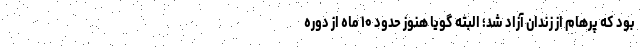
بود که پرهام از زندان آزاد شد؛ البته گویا هنوز حدود ۱۰ ماه از دوره